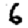
Digit: 6